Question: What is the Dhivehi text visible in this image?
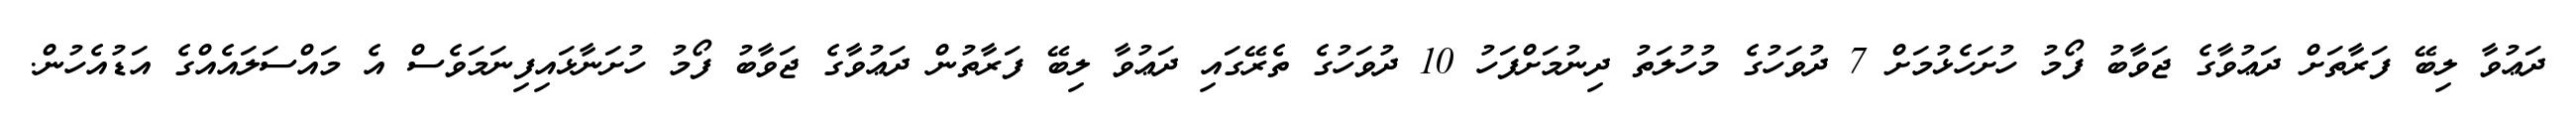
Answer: ދަޢުވާ ލިބޭ ފަރާތަށް ދަޢުވާގެ ޖަވާބު ފޯމު ހުށަހެޅުމަށް 7 ދުވަހުގެ މުހުލަތު ދިނުމަށްފަހު 10 ދުވަހުގެ ތެރޭގައި ދަޢުވާ ލިބޭ ފަރާތުން ދަޢުވާގެ ޖަވާބު ފޯމު ހުށަނާޅައިފިނަމަވެސް އެ މައްސަލައެއްގެ އަޑުއެހުން.